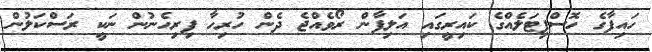
ހައިފާގެ ހޮސްޕިޓަލެއްގެ ކައިރީގައި އަލިފާން ރޯވެއްޖެ ދެން ހުރިހާ ފިރިހެނުން ނަކީ ރަސްކަލުން